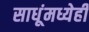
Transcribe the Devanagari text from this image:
साधूंमध्येही